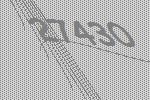
27430